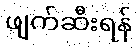
ဖျက်ဆီးရန်